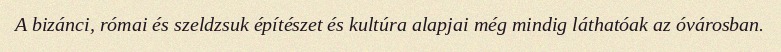
A bizánci, római és szeldzsuk építészet és kultúra alapjai még mindig láthatóak az óvárosban.